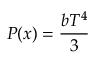
P ( x ) = { \frac { b T ^ { 4 } } { 3 } }